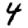
Digit: 4